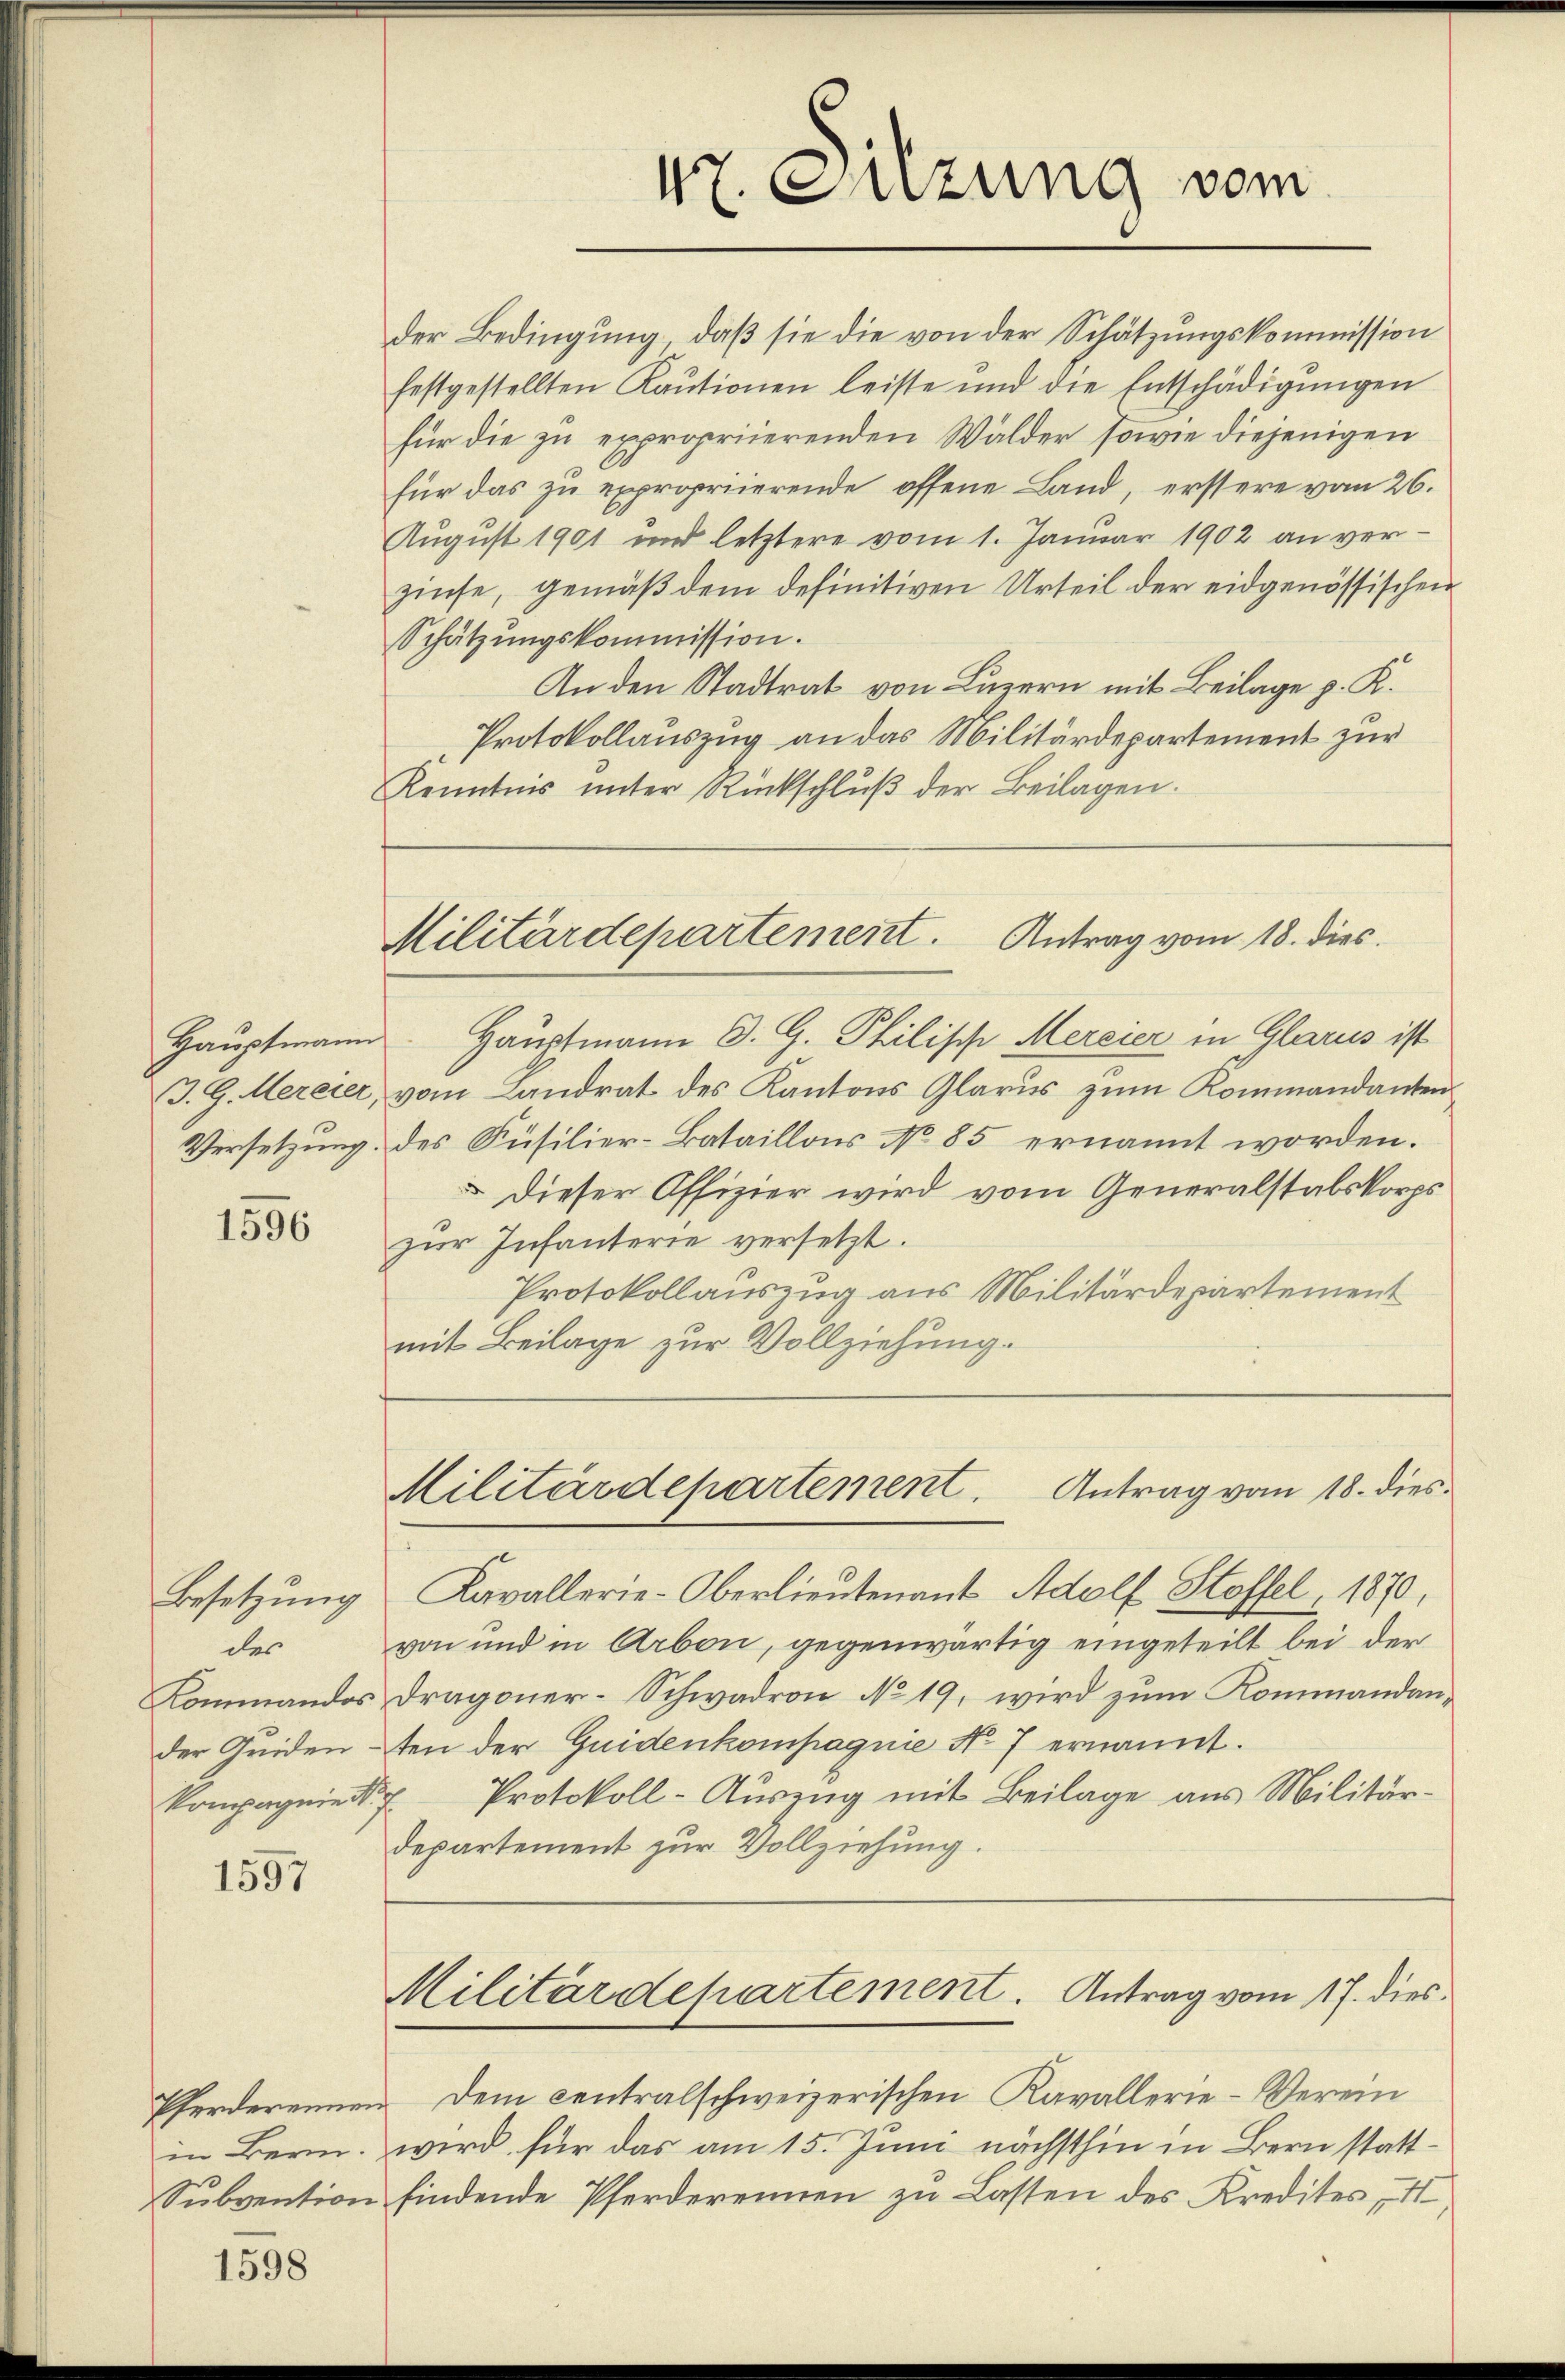
3. G. Mereier,

1596

Besetzung
des
Kommandos.
der Griden-
Kompagnie

1597

Pferderennen
in Bern.

1598

47. Sitzung vom

der Bedingung, daß sie die von der Schätzungskommission
festgestellten Kaŭtionen leiste und die Entschädigŭngen
für die zu expropriierenden Wälder, sowie diejenigen
für das zu expropriierende offene Land, erstere vom 26.
August 1901 und letztere vom 1. Januar 1902 an verzinse, gemäß dem definitiven Urteil der eidgenössischen
Schätzungskommission.
An den Stadtrat von Luzern mit Beilage p. K.
Protokollauszug an das Militärdepartement zur
Kenntnis unter Rückschlŭβ der Beilagen.

Militärdepartement. Antrag vom 18. dies

Hauptmann. Hauptmann O. G. Philisch-Mercier in Glarus ist
vom Landrat des Kantons Glarus zum Kommandanten
Versetzung des Füsilier-Bataillons No 85 ernannt worden.
 dieser Offizier wird vom Generalstabskorps
zŭr Infanterie versetzt.
Protokollauszug aus Militärdepartement
mit Beilage zur Vollziehung.

Antrag vom 18. dies
Militärdepartement.

Kavallerie-Oberlieutenant Adolf Stoffel, 1870,
von und in Arbon, gegenwärtig eingeteilt bei der
Dragoner-Schwadron No 19, wird zum Kommandanten der Guidenkompagnie No 7 ernannt.
Protokoll-Auszug mit Beilage aus Militärdepartement zur Vollziehung.
Militärdepartement. Antrag vom 17. dies
Dem centralschweizerischen Kavallerie-Verein
wird für das am 15. Juni nächsthin in Bern statt¬
Subvention findende Pferderennen zu Lasten des Kredites, II,